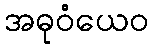
အဓုဝံယေဝ